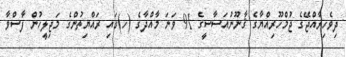
ދިވެހިރާއްޖޭގެ ޖުމްހޫރިއްޔާގެ ޤާނޫނުއަސާސީގެ 91 ވަނަ މާއްދާގެ (ހ)ގައި ރައްޔިތުންގެ މަޖިލީހުން ފާސްވާ